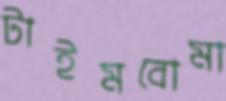
টাইমবোমা